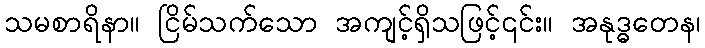
သမစာရိနာ။ ငြိမ်သက်သော အကျင့်ရှိသဖြင့်၎င်း။ အနုဒ္ဓတေန၊